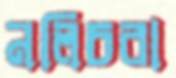
নলিচরা